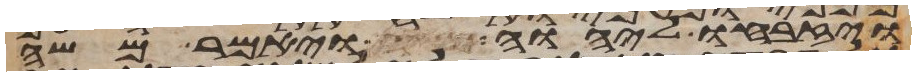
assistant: ויזבחו ליהוה ויאמר משה